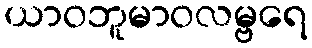
ယာဝဘူမာဝလမ္ဗရေ